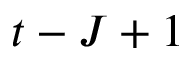
t - J + 1